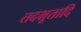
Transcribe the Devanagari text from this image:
तदभूतादि